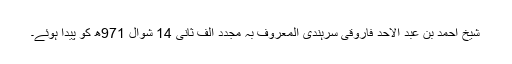
شیخ احمد بن عبد الاحد فاروقی سرہندی المعروف بہ مجدد الف ثانی 14 شوال 971ھ کو پیدا ہوئے۔